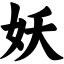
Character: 妖